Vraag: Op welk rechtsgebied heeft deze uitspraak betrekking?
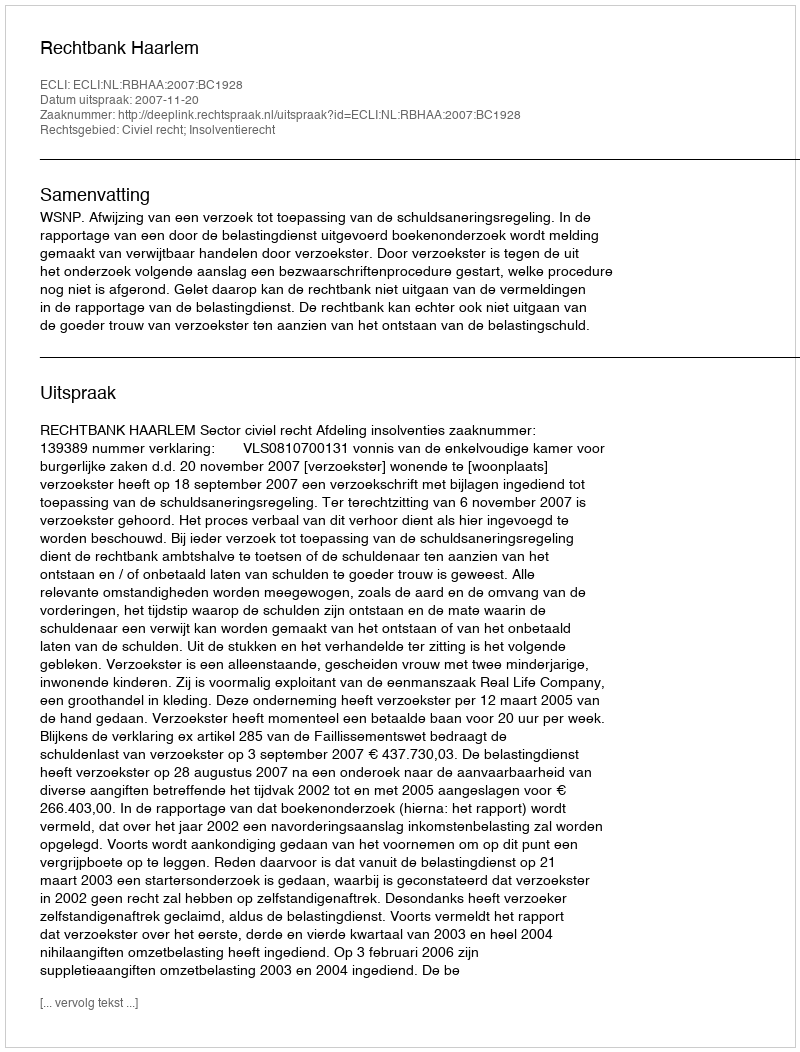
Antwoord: Civiel recht; Insolventierecht